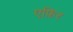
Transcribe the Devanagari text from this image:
एफ़िर